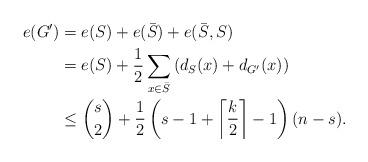
LaTeX: \begin{align*}e(G')&=e(S)+e(\bar{S})+e(\bar{S},S)\\&=e(S)+\frac{1}{2}\sum_{x\in \bar{S}}\left(d_S(x)+d_{G'}(x)\right)\\&\leq \binom{s}{2}+\frac{1}{2}\left(s-1+\left\lceil\frac{k}{2}\right\rceil-1\right)(n-s).\end{align*}